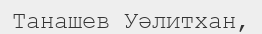
Танашев Уәлитхан,